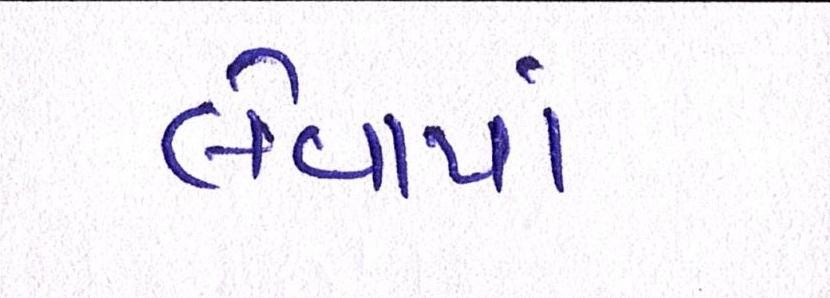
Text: લેવાયાં